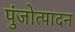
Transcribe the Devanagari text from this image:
पुंजोत्पादन